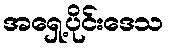
အရှေ့ပိုင်းဒေသ